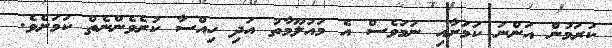
ކުރަމުން އަންނަ ކަމަށާއި ނަމަވެސް އެ މައުލޫމާތު އަދި ހިއްސާ ކުރެވެންނެތް ކަމަށެވެ.